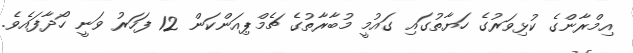
އިމްރާންގެ ކުޅިވަރުގެ ހަޔާތުގައި ގައުމީ މުބާރާތުގެ ޗެމްޕިއަންކަން 12 ފަހަރު ވަނީ ހޯދާފައެވެ.